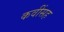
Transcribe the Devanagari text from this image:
कवींसह